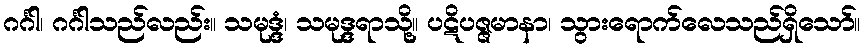
ဂင်္ဂါ၊ ဂင်္ဂါသည်လည်း။ သမုဒ္ဒံ၊ သမုဒ္ဒရာသို့။ ပဋိပဇ္ဇမာနာ၊ သွားရောက်လေသည်ရှိသော်။